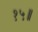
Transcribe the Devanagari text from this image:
१५॥